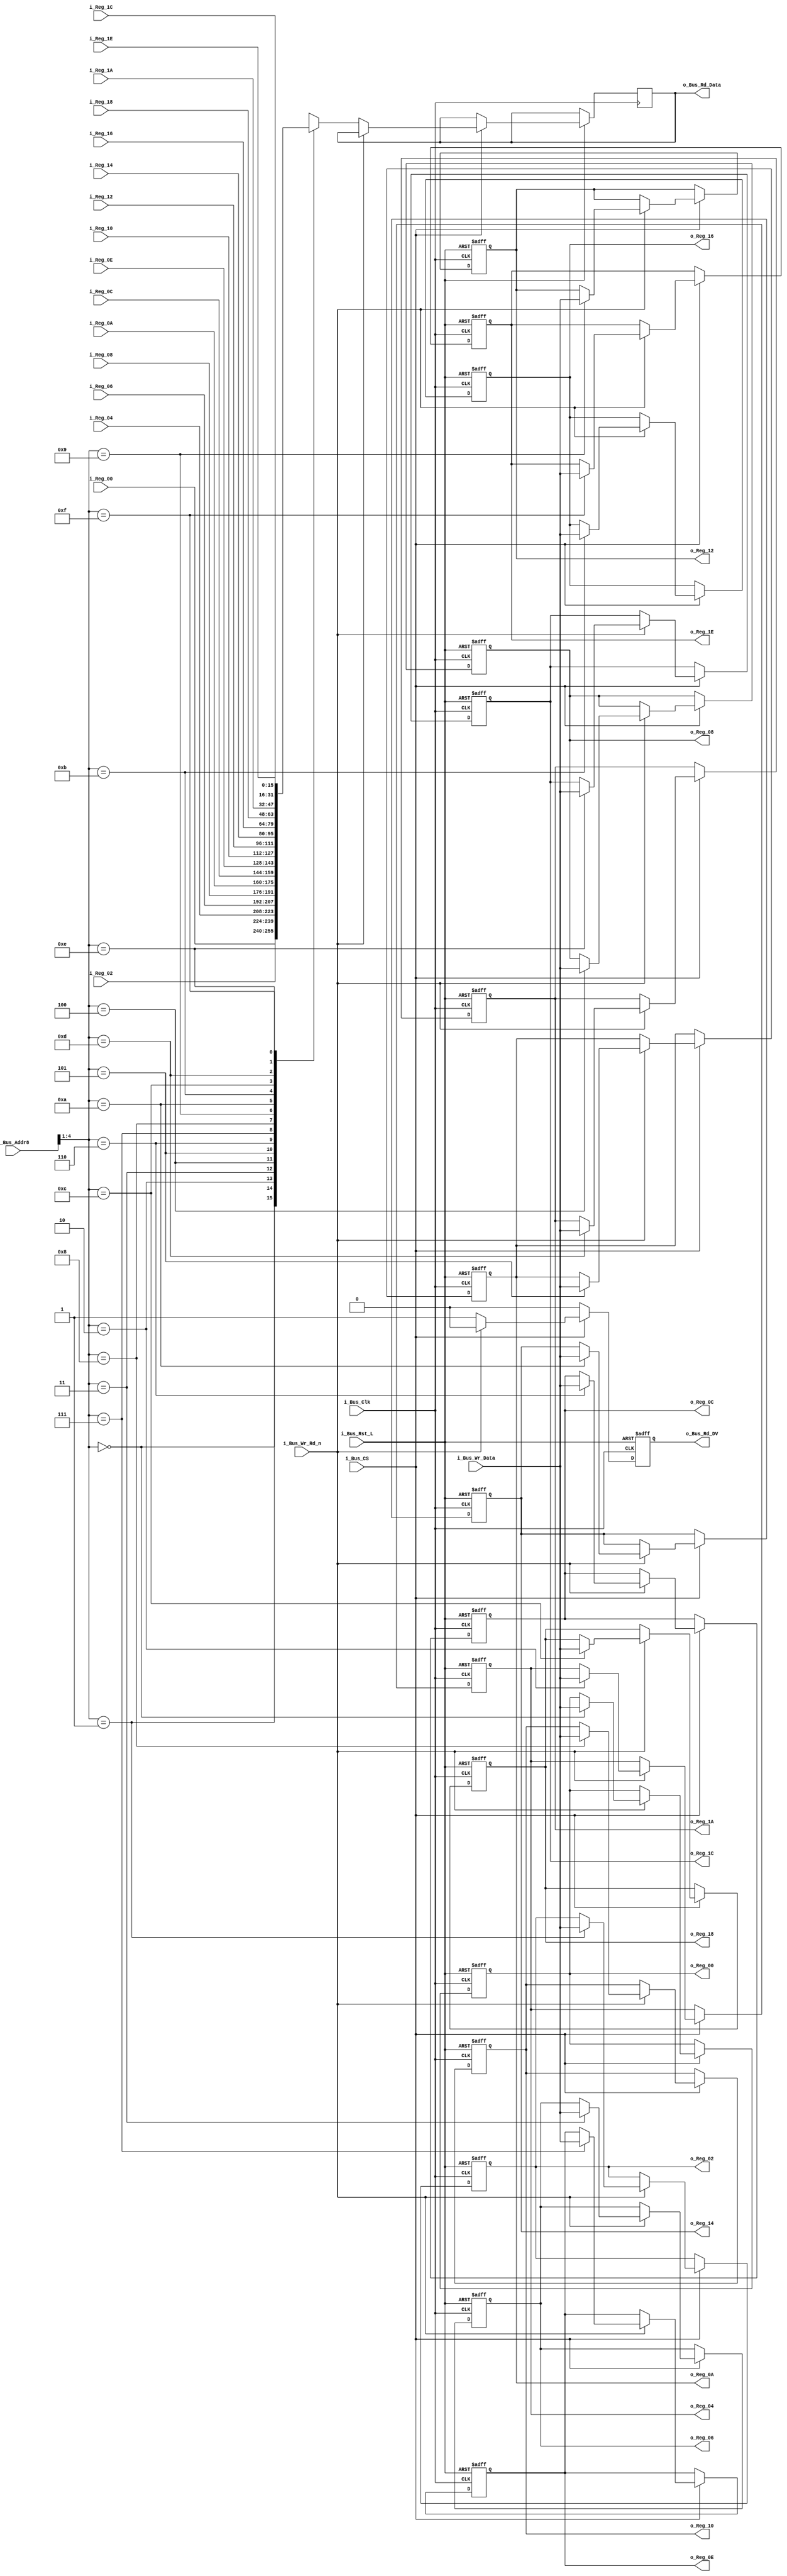
module Bus_Reg_X16 #(parameter INIT_00  = 0,
                     parameter INIT_02  = 0,
                     parameter INIT_04  = 0,
                     parameter INIT_06  = 0,
                     parameter INIT_08  = 0,
                     parameter INIT_0A  = 0,
                     parameter INIT_0C  = 0,
                     parameter INIT_0E  = 0,
                     parameter INIT_10  = 0,
                     parameter INIT_12  = 0,
                     parameter INIT_14  = 0,
                     parameter INIT_16  = 0,
                     parameter INIT_18  = 0,
                     parameter INIT_1A  = 0,
                     parameter INIT_1C  = 0,
                     parameter INIT_1E  = 0)
 (input             i_Bus_Rst_L,
  input             i_Bus_Clk,
  input             i_Bus_CS,
  input             i_Bus_Wr_Rd_n,
  input [4:0]       i_Bus_Addr8,
  input [15:0]      i_Bus_Wr_Data,
  output reg [15:0] o_Bus_Rd_Data,
  output reg        o_Bus_Rd_DV,
  input [15:0]      i_Reg_00,
  input [15:0]      i_Reg_02,
  input [15:0]      i_Reg_04,
  input [15:0]      i_Reg_06,
  input [15:0]      i_Reg_08,
  input [15:0]      i_Reg_0A,
  input [15:0]      i_Reg_0C,
  input [15:0]      i_Reg_0E,
  input [15:0]      i_Reg_10,
  input [15:0]      i_Reg_12,
  input [15:0]      i_Reg_14,
  input [15:0]      i_Reg_16,
  input [15:0]      i_Reg_18,
  input [15:0]      i_Reg_1A,
  input [15:0]      i_Reg_1C,
  input [15:0]      i_Reg_1E,
  output reg [15:0] o_Reg_00,
  output reg [15:0] o_Reg_02,
  output reg [15:0] o_Reg_04,
  output reg [15:0] o_Reg_06,
  output reg [15:0] o_Reg_08,
  output reg [15:0] o_Reg_0A,
  output reg [15:0] o_Reg_0C,
  output reg [15:0] o_Reg_0E,
  output reg [15:0] o_Reg_10,
  output reg [15:0] o_Reg_12,
  output reg [15:0] o_Reg_14,
  output reg [15:0] o_Reg_16,
  output reg [15:0] o_Reg_18,
  output reg [15:0] o_Reg_1A,
  output reg [15:0] o_Reg_1C,
  output reg [15:0] o_Reg_1E);


  always @(posedge i_Bus_Clk or negedge i_Bus_Rst_L)
  begin
    if (~i_Bus_Rst_L)
    begin
      o_Bus_Rd_DV <= 1'b0;
      o_Reg_00   <= INIT_00;
      o_Reg_02   <= INIT_02;
      o_Reg_04   <= INIT_04;
      o_Reg_06   <= INIT_06;
      o_Reg_08   <= INIT_08;
      o_Reg_0A   <= INIT_0A;
      o_Reg_0C   <= INIT_0C;
      o_Reg_0E   <= INIT_0E;
      o_Reg_10   <= INIT_10;
      o_Reg_12   <= INIT_12;
      o_Reg_14   <= INIT_14;
      o_Reg_16   <= INIT_16;
      o_Reg_18   <= INIT_18;
      o_Reg_1A   <= INIT_1A;
      o_Reg_1C   <= INIT_1C;
      o_Reg_1E   <= INIT_1E;
    end
    else
    begin
      o_Bus_Rd_DV <= 1'b0;

      if (i_Bus_CS == 1'b1)
      begin
        if (i_Bus_Wr_Rd_n == 1'b1) // Write Command
        begin
          case (i_Bus_Addr8[4:1])
          4'b0000 : o_Reg_00 <= i_Bus_Wr_Data;
          4'b0001 : o_Reg_02 <= i_Bus_Wr_Data;
          4'b0010 : o_Reg_04 <= i_Bus_Wr_Data;
          4'b0011 : o_Reg_06 <= i_Bus_Wr_Data;
          4'b0100 : o_Reg_08 <= i_Bus_Wr_Data;
          4'b0101 : o_Reg_0A <= i_Bus_Wr_Data;
          4'b0110 : o_Reg_0C <= i_Bus_Wr_Data;
          4'b0111 : o_Reg_0E <= i_Bus_Wr_Data;
          4'b1000 : o_Reg_10 <= i_Bus_Wr_Data;
          4'b1001 : o_Reg_12 <= i_Bus_Wr_Data;
          4'b1010 : o_Reg_14 <= i_Bus_Wr_Data;
          4'b1011 : o_Reg_16 <= i_Bus_Wr_Data;
          4'b1100 : o_Reg_18 <= i_Bus_Wr_Data;
          4'b1101 : o_Reg_1A <= i_Bus_Wr_Data;
          4'b1110 : o_Reg_1C <= i_Bus_Wr_Data;
          4'b1111 : o_Reg_1E <= i_Bus_Wr_Data;
          endcase
        end
        else // Read Command
        begin
          o_Bus_Rd_DV   <= 1'b1;
          
          case (i_Bus_Addr8[4:1])
          4'b0000 : o_Bus_Rd_Data <= i_Reg_00;
          4'b0001 : o_Bus_Rd_Data <= i_Reg_02;
          4'b0010 : o_Bus_Rd_Data <= i_Reg_04;
          4'b0011 : o_Bus_Rd_Data <= i_Reg_06;
          4'b0100 : o_Bus_Rd_Data <= i_Reg_08;
          4'b0101 : o_Bus_Rd_Data <= i_Reg_0A;
          4'b0110 : o_Bus_Rd_Data <= i_Reg_0C;
          4'b0111 : o_Bus_Rd_Data <= i_Reg_0E;
          4'b1000 : o_Bus_Rd_Data <= i_Reg_10;
          4'b1001 : o_Bus_Rd_Data <= i_Reg_12;
          4'b1010 : o_Bus_Rd_Data <= i_Reg_14;
          4'b1011 : o_Bus_Rd_Data <= i_Reg_16;
          4'b1100 : o_Bus_Rd_Data <= i_Reg_18;
          4'b1101 : o_Bus_Rd_Data <= i_Reg_1A;
          4'b1110 : o_Bus_Rd_Data <= i_Reg_1C;
          4'b1111 : o_Bus_Rd_Data <= i_Reg_1E;
          endcase 
        end // else: !if(i_Bus_Wr_Rd_n == 1'b1)
      end // if (i_Bus_CS == 1'b1)
    end // else: !if(!i_Bus_Rst_L)
  end // always @ (posedge i_Bus_Clk or negedge i_Bus_Rst_L)

endmodule